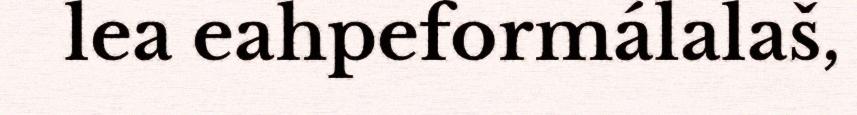
lea eahpeformálalaš,